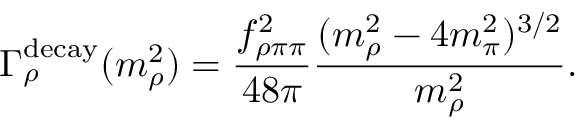
\Gamma _ { \rho } ^ { \mathrm { d e c a y } } ( m _ { \rho } ^ { 2 } ) = \frac { f _ { \rho \pi \pi } ^ { 2 } } { 4 8 \pi } \frac { ( m _ { \rho } ^ { 2 } - 4 m _ { \pi } ^ { 2 } ) ^ { 3 / 2 } } { m _ { \rho } ^ { 2 } } .